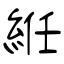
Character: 絍